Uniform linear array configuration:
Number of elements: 48
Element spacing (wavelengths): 0.25
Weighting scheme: cosine
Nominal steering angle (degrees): -30
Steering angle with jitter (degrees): -29.179
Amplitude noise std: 0.05
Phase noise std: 0.05

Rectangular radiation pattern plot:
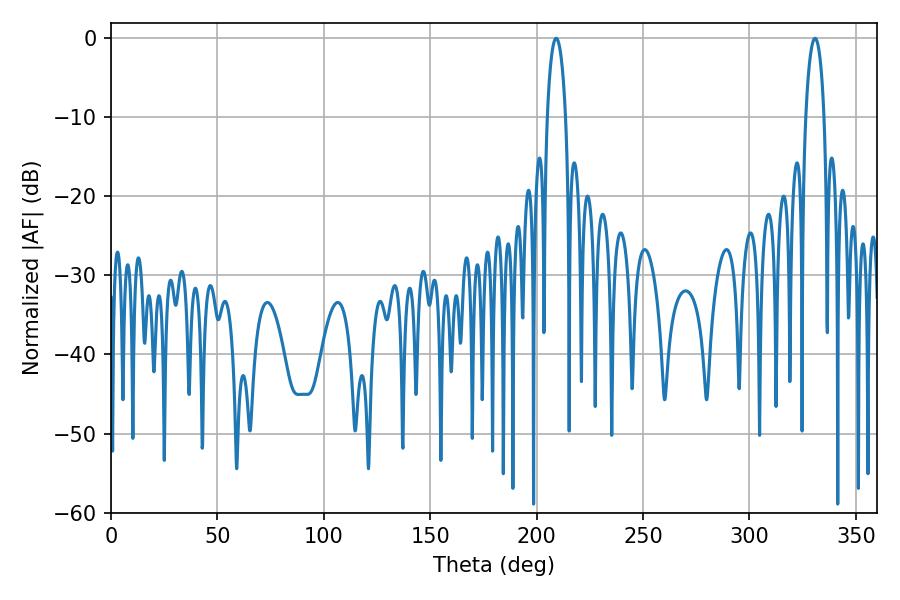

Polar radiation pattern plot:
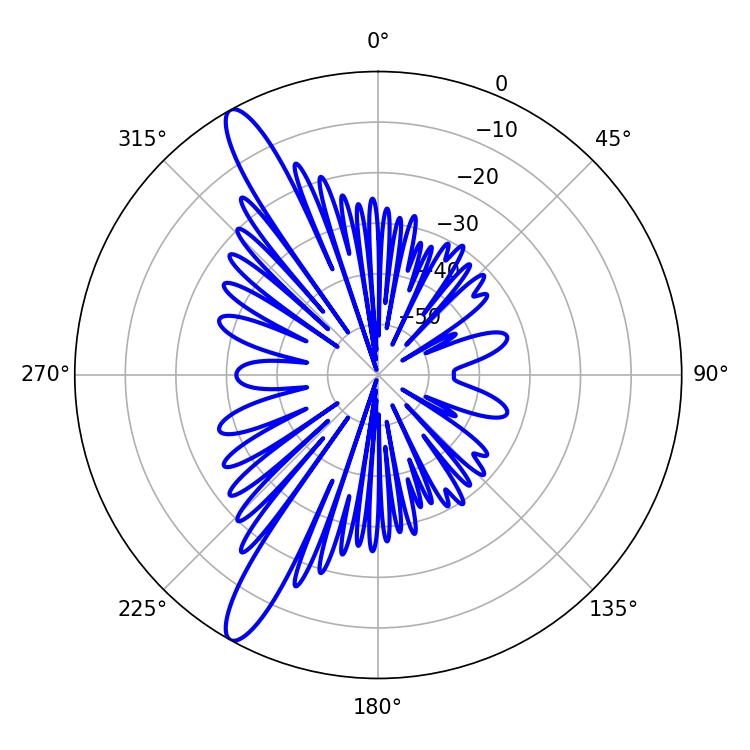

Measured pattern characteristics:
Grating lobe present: FALSE
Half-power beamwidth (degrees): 4.86
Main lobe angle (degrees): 209.16